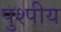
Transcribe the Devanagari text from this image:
पुश्पीय